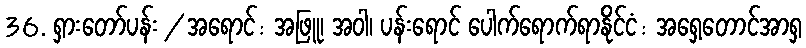
36. ရှားတော်ပန်း / အရောင်: အဖြူ၊ အဝါ၊ ပန်းရောင် ပေါက်ရောက်ရာနိုင်ငံ: အရှေ့တောင်အာရှ